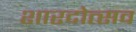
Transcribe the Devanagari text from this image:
शारदोत्सव